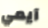
آيمي